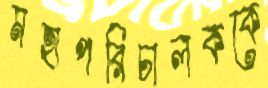
মহাপরিচালককে